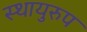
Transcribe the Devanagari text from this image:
स्थायुरुप